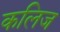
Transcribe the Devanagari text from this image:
कलिज